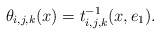
\begin{align*} \theta_{i,j,k}(x) = t_{i,j,k}^{-1}(x, e_1). \end{align*}